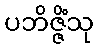
ပဘိဇ္ဇိံသု